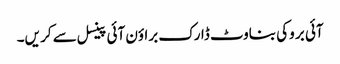
آئی بر وکی بناوٹ ڈارک براؤن آئی پینسل سے کر یں۔